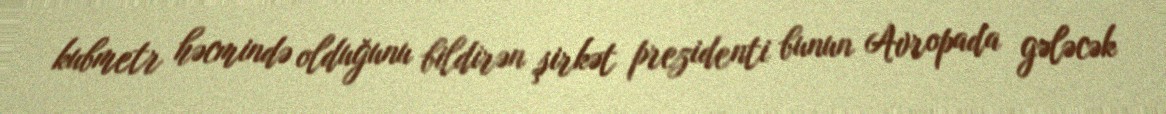
kubmetr həcmində olduğunu bildirən şirkət prezidenti bunun Avropada gələcək